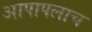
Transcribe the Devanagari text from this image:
आपापलाच